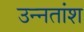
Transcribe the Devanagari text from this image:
उन्‍नतांश